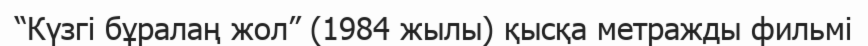
“Күзгі бұралаң жол” (1984 жылы) қысқа метражды фильмі